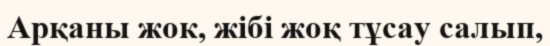
Арқаны жок, жібі жоқ тұсау салып,